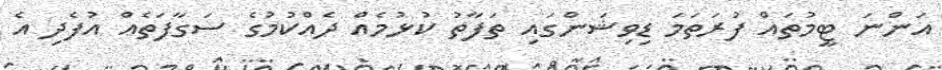
އަންނަ ޓީމުތައް ފުރަތަމަ ޑިވިޝަންގައި ތަފާތު ކުޅުމެއް ދެއްކުމުގެ ސަގާފަތެއް އުފެދި އެ